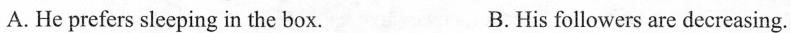
A.He prefers sleeping in the box. B.His followers are decreasing.